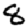
Digit: 8